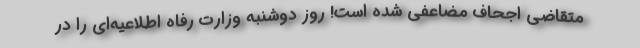
متقاضی اجحاف مضاعفی شده است! روز دوشنبه وزارت رفاه اطلاعیه‌ای را در